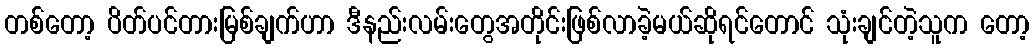
တစ်တော့ ပိတ်ပင်တားမြစ်ချက်ဟာ ဒီနည်းလမ်းတွေအတိုင်းဖြစ်လာခဲ့မယ်ဆိုရင်တောင် သုံးချင်တဲ့သူက တော့